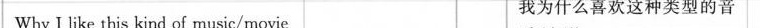
Why I like this kind of music/movie 我为什么喜欢这种类型的音